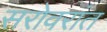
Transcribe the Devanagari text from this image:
सरोवरांत